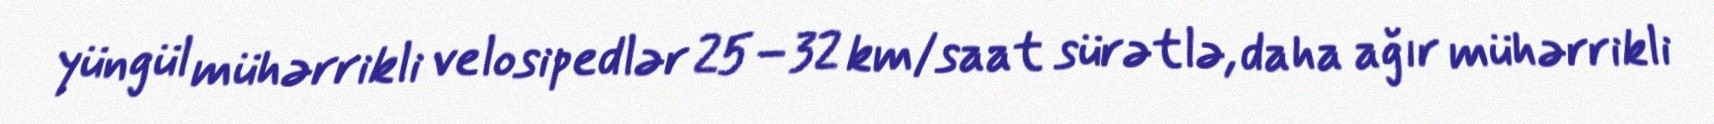
yüngül mühərrikli velosipedlər 25–32 km/saat sürətlə, daha ağır mühərrikli